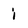
Character: i